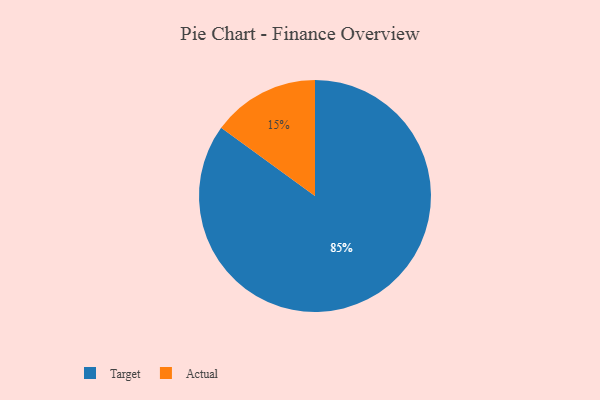
{"axis": {"x": "Category", "y": "Percentage"}, "legend": ["Actual", "Target"], "data": [{"x": "Target", "y": 85, "type": "Target"}, {"x": "Actual", "y": 15, "type": "Actual"}]}